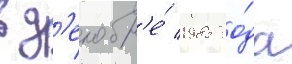
в д'екабр'е́ 1985 го́да